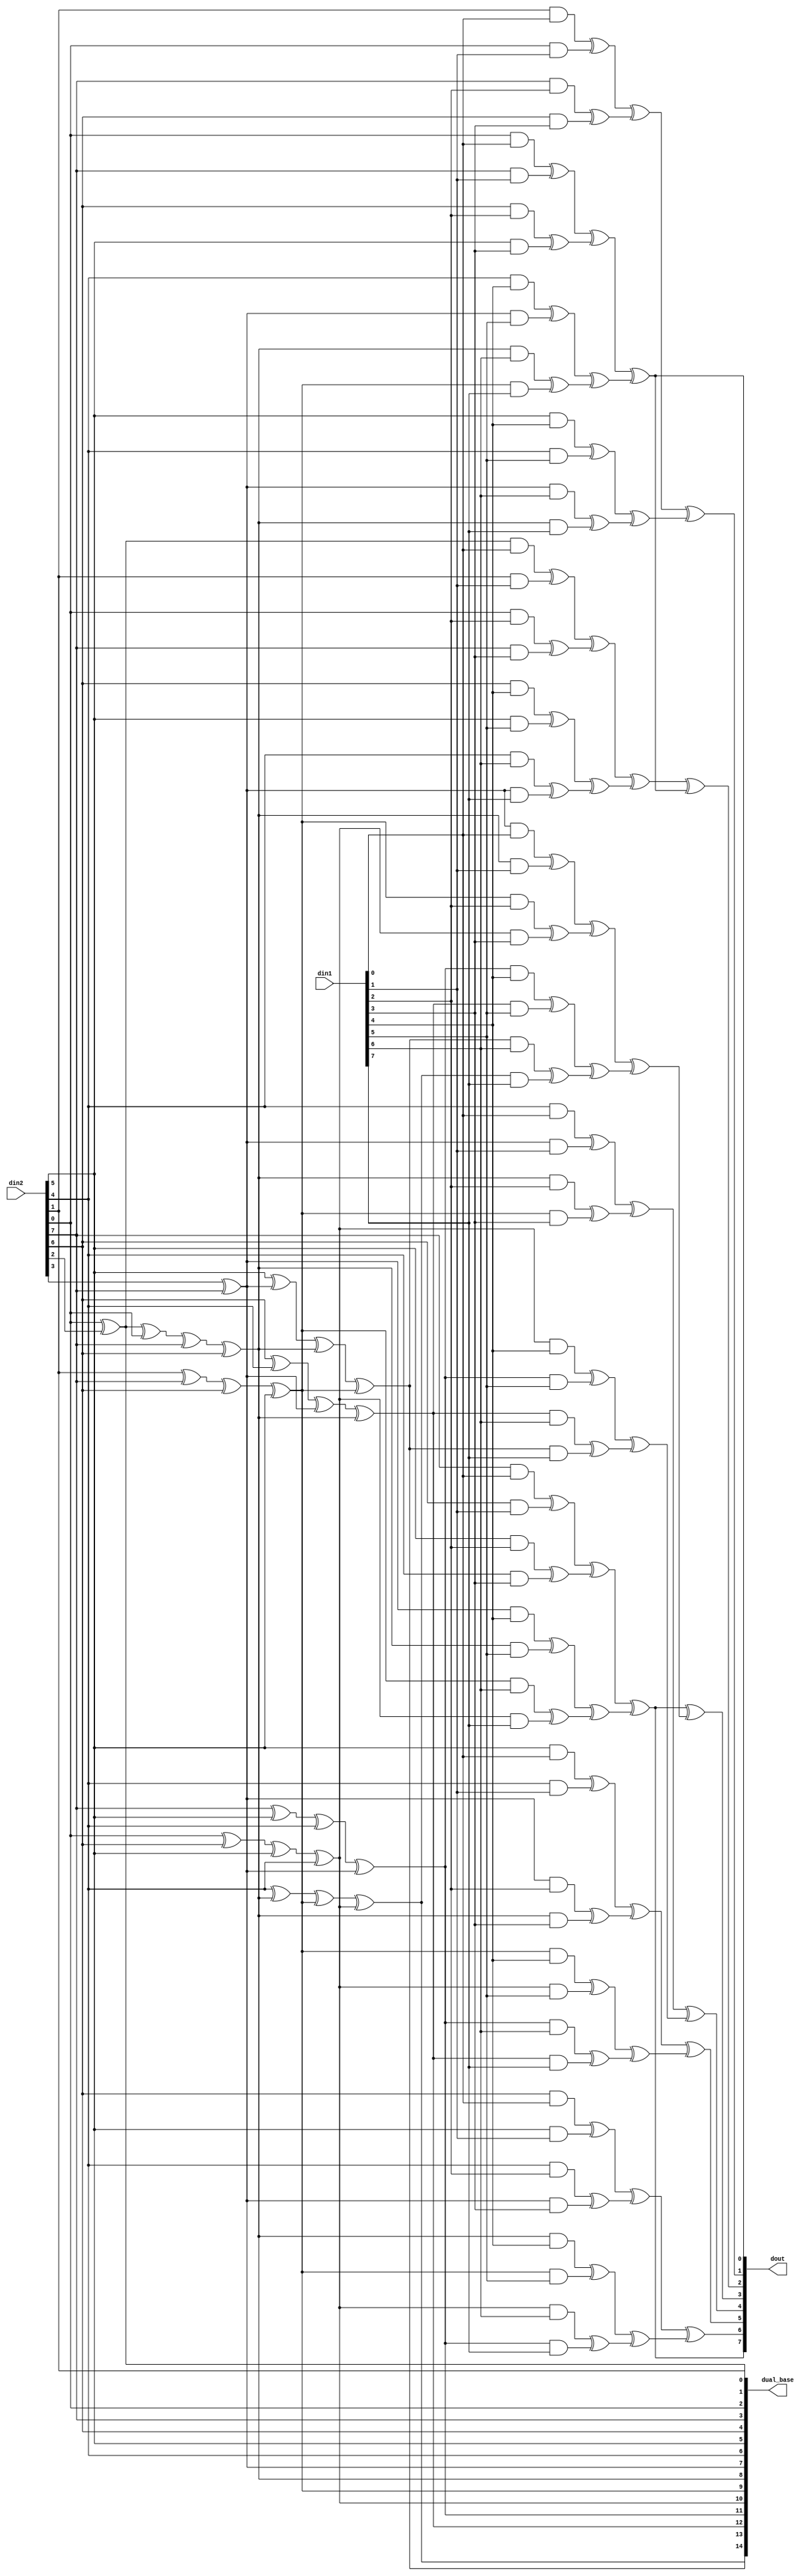
// GF(28) 
// : p(x) = x^8 + x^4 + x^3 + x^2 + 1  
// : 	{1, a^1, a^2, a^3, a^4, a^5, a^6, a^7} 
// :	{1+a^2, a^1, 1, a^7, a^6, a^5, a^4, a^3+a^7} 
`define M	8 
module ff_mul(din1, din2, dout, dual_base); 
	//parameter	CONST = 8'h3b; 
 
	input  [`M-1:0]	din1, din2;		// din2 
	output [`M-1:0]	dout; 
	output [2*`M-2:0] dual_base; 
	reg    [`M-1:0]	dout; 
 
	reg	[2*`M-2:0]	dual_base; 
	reg [`M-1:0]	temp; 
	always @(din1 or din2)begin: Block1 
	 integer i; 
		  //  
		  dual_base[0] = din2[0] ^ din2[2]; 
		  dual_base[1] = din2[1]; 
		  dual_base[2] = din2[0]; 
		  dual_base[3] = din2[7]; 
		  dual_base[4] = din2[6]; 
		  dual_base[5] = din2[5]; 
		  dual_base[6] = din2[4]; 
		  dual_base[7] = din2[3] ^ din2[7]; 
		 
		  //  
		  for(i=0; i<`M-1; i=i+1) begin 
				dual_base[`M+i] = dual_base[0+i] ^ dual_base[2+i] ^  
										dual_base[3+i] ^ dual_base[4+i]; 
		  end 
		 
		  //  
		  for(i=0; i<`M; i=i+1) begin 
		    temp[i]=(((dual_base[i+0]&din1[0])^ (dual_base[i+1]&din1[1]))  
					^((dual_base[i+2]&din1[2]) ^(dual_base[i+3]&din1[3]))) 
					^(((dual_base[i+4]&din1[4])^(dual_base[i+5]&din1[5])) 
					^((dual_base[i+6]&din1[6]) ^ (dual_base[i+7]&din1[7]))); 
		  end 
		 
		  //  
		  dout[0] = temp[2];												 
		dout[1] = temp[1]; 
		  dout[2] = temp[0] ^ temp[2]; 
		  dout[3] = temp[3] ^ temp[7]; 
		  dout[4] = temp[6]; 
		  dout[5] = temp[5]; 
		  dout[6] = temp[4]; 
		  dout[7] = temp[3];												 
end 
endmodule